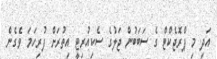
އަދި މި ޕްރޮޖެކްޓް ގެ ސަބަބުން ޖަލުގެ ސެކިއުރިޓީ އިތުރަށް ފުރިހަމަ ވެގެން